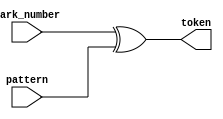
`timescale 1ns / 1ps
//////////////////////////////////////////////////////////////////////////////////
// Company: 
// Engineer: 
// 
// Design Name: 
// Module Name:    token_production 
// Project Name: 
// Target Devices: 
// Tool versions: 
// Description: 
//
// Dependencies: 
//
// Revision: 
// Revision 0.01 - File Created
// Additional Comments: 
//
//////////////////////////////////////////////////////////////////////////////////
module token_production(
	park_number,
	pattern,
	token);
 input [2:0] park_number;
 input [2:0] pattern;
 output reg [2:0] token;
 
 always @ (park_number or pattern)
        begin
		   token = park_number ^ pattern;
		  end

endmodule